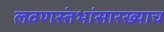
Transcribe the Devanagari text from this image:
लवणस्तंभांसारख्याच